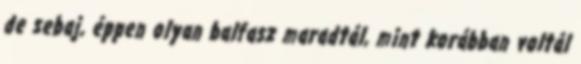
de sebaj, éppen olyan balfasz maradtál, mint korábban voltál